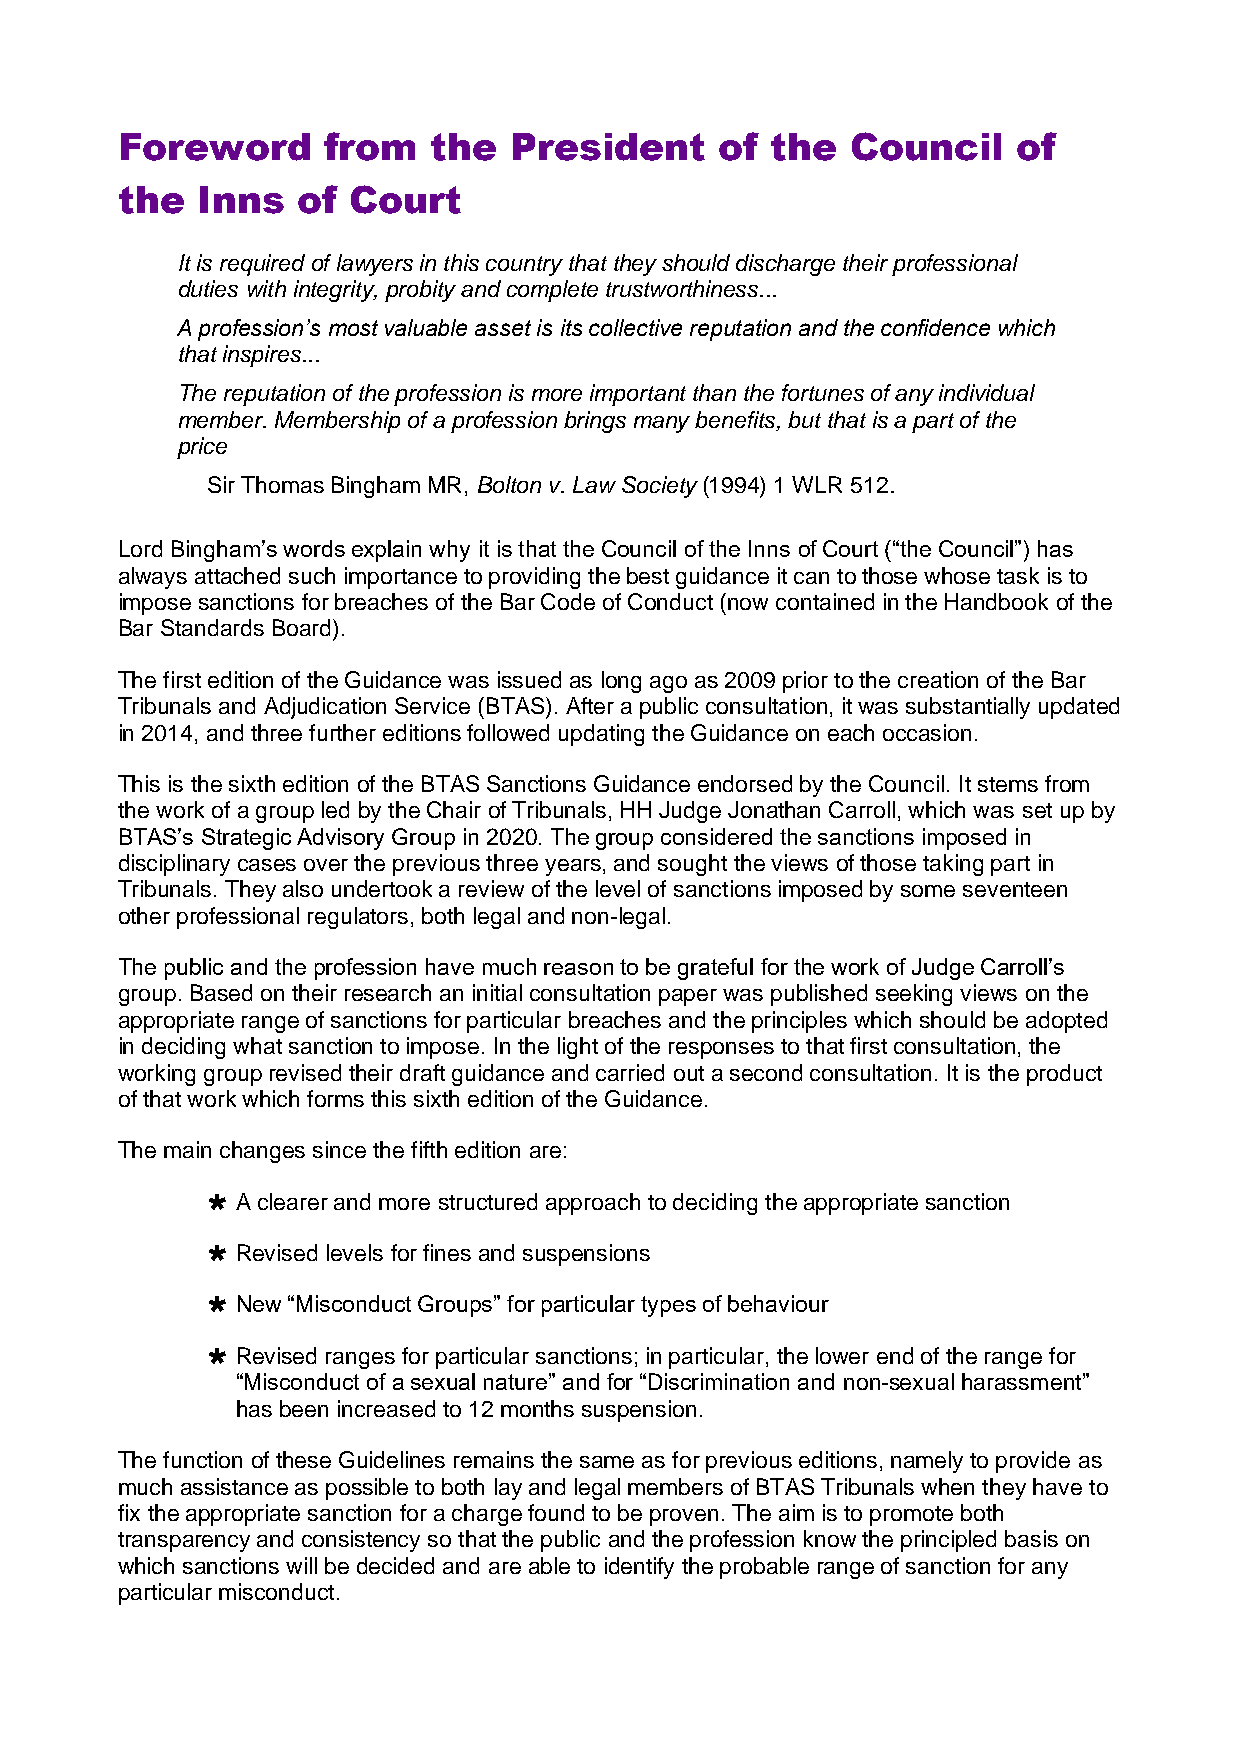
Foreword     from   the   President     of the  Council    of
 the  Inns   of Court
 It is required of lawyers in this country that they should discharge their professional
 duties with integrity, probity and complete trustworthiness...
 A profession’s most valuable asset is its collective reputation and the confidence which
 that inspires...
 The reputation of the profession is more important than the fortunes of any individual
 member. Membership of a profession brings many benefits, but that is a part of the
 price
 Sir Thomas Bingham MR, Bolton v. Law Society (1994) 1 WLR 512.
 Lord Bingham’s words explain why it is that the Council of the Inns of Court (“the Council”) has
 always attached such importance to providing the best guidance it can to those whose task is to
 impose sanctions for breaches of the Bar Code of Conduct (now contained in the Handbook of the
 Bar Standards Board).
 The first edition of the Guidance was issued as long ago as 2009 prior to the creation of the Bar
 Tribunals and Adjudication Service (BTAS). After a public consultation, it was substantially updated
 in 2014, and three further editions followed updating the Guidance on each occasion.
 This is the sixth edition of the BTAS Sanctions Guidance endorsed by the Council. It stems from
 the work of a group led by the Chair of Tribunals, HH Judge Jonathan Carroll, which was set up by
 BTAS’s Strategic Advisory Group in 2020. The group considered the sanctions imposed in
 disciplinary cases over the previous three years, and sought the views of those taking part in
 Tribunals. They also undertook a review of the level of sanctions imposed by some seventeen
 other professional regulators, both legal and non-legal.
 The public and the profession have much reason to be grateful for the work of Judge Carroll’s
 group. Based on their research an initial consultation paper was published seeking views on the
 appropriate range of sanctions for particular breaches and the principles which should be adopted
 in deciding what sanction to impose. In the light of the responses to that first consultation, the
 working group revised their draft guidance and carried out a second consultation. It is the product
 of that work which forms this sixth edition of the Guidance.
 The main changes since the fifth edition are:
  A clearer and more structured approach to deciding the appropriate sanction
  Revised levels for fines and suspensions
  New “Misconduct Groups” for particular types of behaviour
  Revised ranges for particular sanctions; in particular, the lower end of the range for
 “Misconduct of a sexual nature” and for “Discrimination and non-sexual harassment”
 has been increased to 12 months suspension.
 The function of these Guidelines remains the same as for previous editions, namely to provide as
 much assistance as possible to both lay and legal members of BTAS Tribunals when they have to
 fix the appropriate sanction for a charge found to be proven. The aim is to promote both
 transparency and consistency so that the public and the profession know the principled basis on
 which sanctions will be decided and are able to identify the probable range of sanction for any
 particular misconduct.